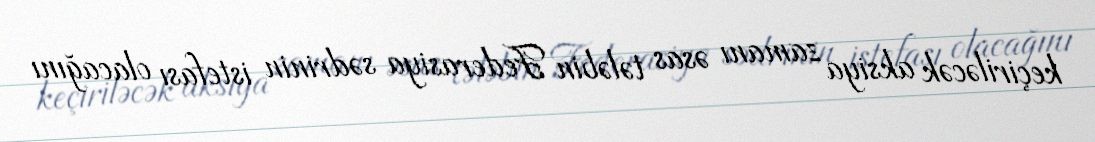
keçiriləcək aksiya zamanı əsas tələbin Federasiya sədrinin istefası olacağını